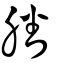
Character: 膰